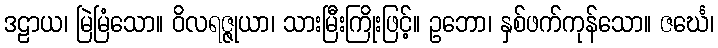
ဒဠာယ၊ မြဲမြံသော။ ဝိလရဇ္ဇုယာ၊ သားမြီးကြိုးဖြင့်။ ဥဘော၊ နှစ်ဖက်ကုန်သော။ ဇင်္ဃေ၊